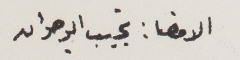
الامضا : نجيب ابو صوان